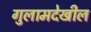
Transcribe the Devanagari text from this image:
गुलामदेखील